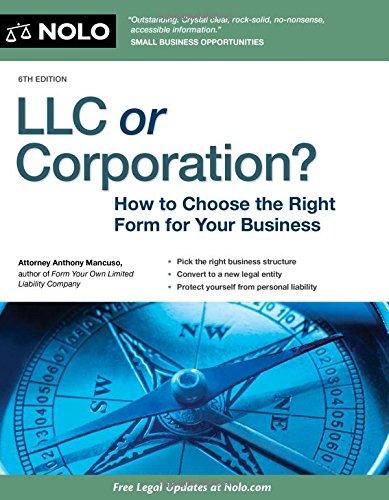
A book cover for LLC or Corporation?: How to Choose the Right Form for Your Business; Anthony Mancuso Attorney; Business & Money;